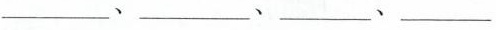
___、___、___、___